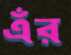
এঁর